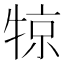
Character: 㹁